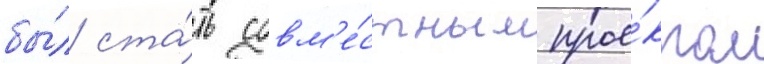
бы́л ста́ть совм'е́стным прое́ктом